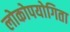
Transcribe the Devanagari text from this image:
लोकोपयोगिता